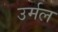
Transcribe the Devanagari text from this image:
उर्मल